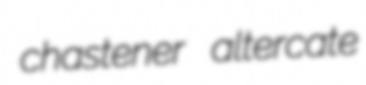
chastener altercate